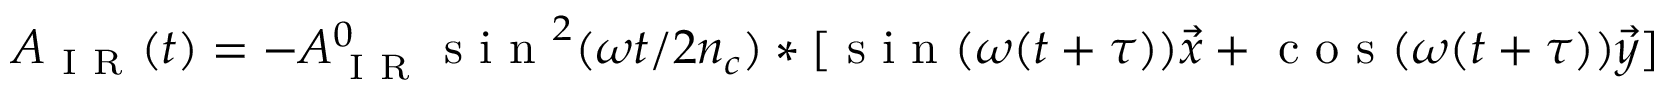
A _ { \mathrm { ~ I ~ R ~ } } ( t ) = - A _ { \mathrm { ~ I ~ R ~ } } ^ { 0 } \mathrm { ~ s ~ i ~ n ~ } ^ { 2 } ( \omega t / 2 n _ { c } ) * [ \mathrm { ~ s ~ i ~ n ~ } ( \omega ( t + \tau ) ) \vec { x } + \mathrm { ~ c ~ o ~ s ~ } ( \omega ( t + \tau ) ) \vec { y } ]